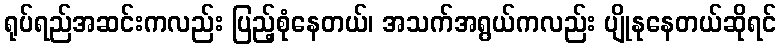
ရုပ်ရည်အဆင်းကလည်း ပြည့်စုံနေတယ်၊ အသက်အရွယ်ကလည်း ပျိုနုနေတယ်ဆိုရင်